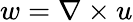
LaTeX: w=\nabla\times u